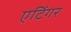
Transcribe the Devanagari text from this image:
एटिंगर